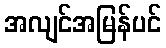
အလျင်အမြန်ပင်